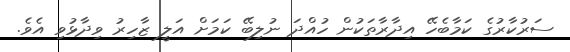
ސަރުކާރުގެ ކަމާބެހޭ އިދާރާތަކުން ހުއްދަ ނުލިބޭ ކަމަށް އަލީ ޒާހިރު ވިދާޅުވި އެވެ.